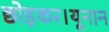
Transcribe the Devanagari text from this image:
छोड़कर।यूनान